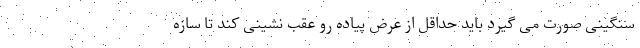
سنگینی صورت می گیرد باید حداقل از عرض پیاده رو عقب نشینی کند تا سازه